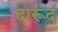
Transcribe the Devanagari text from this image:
दारूद